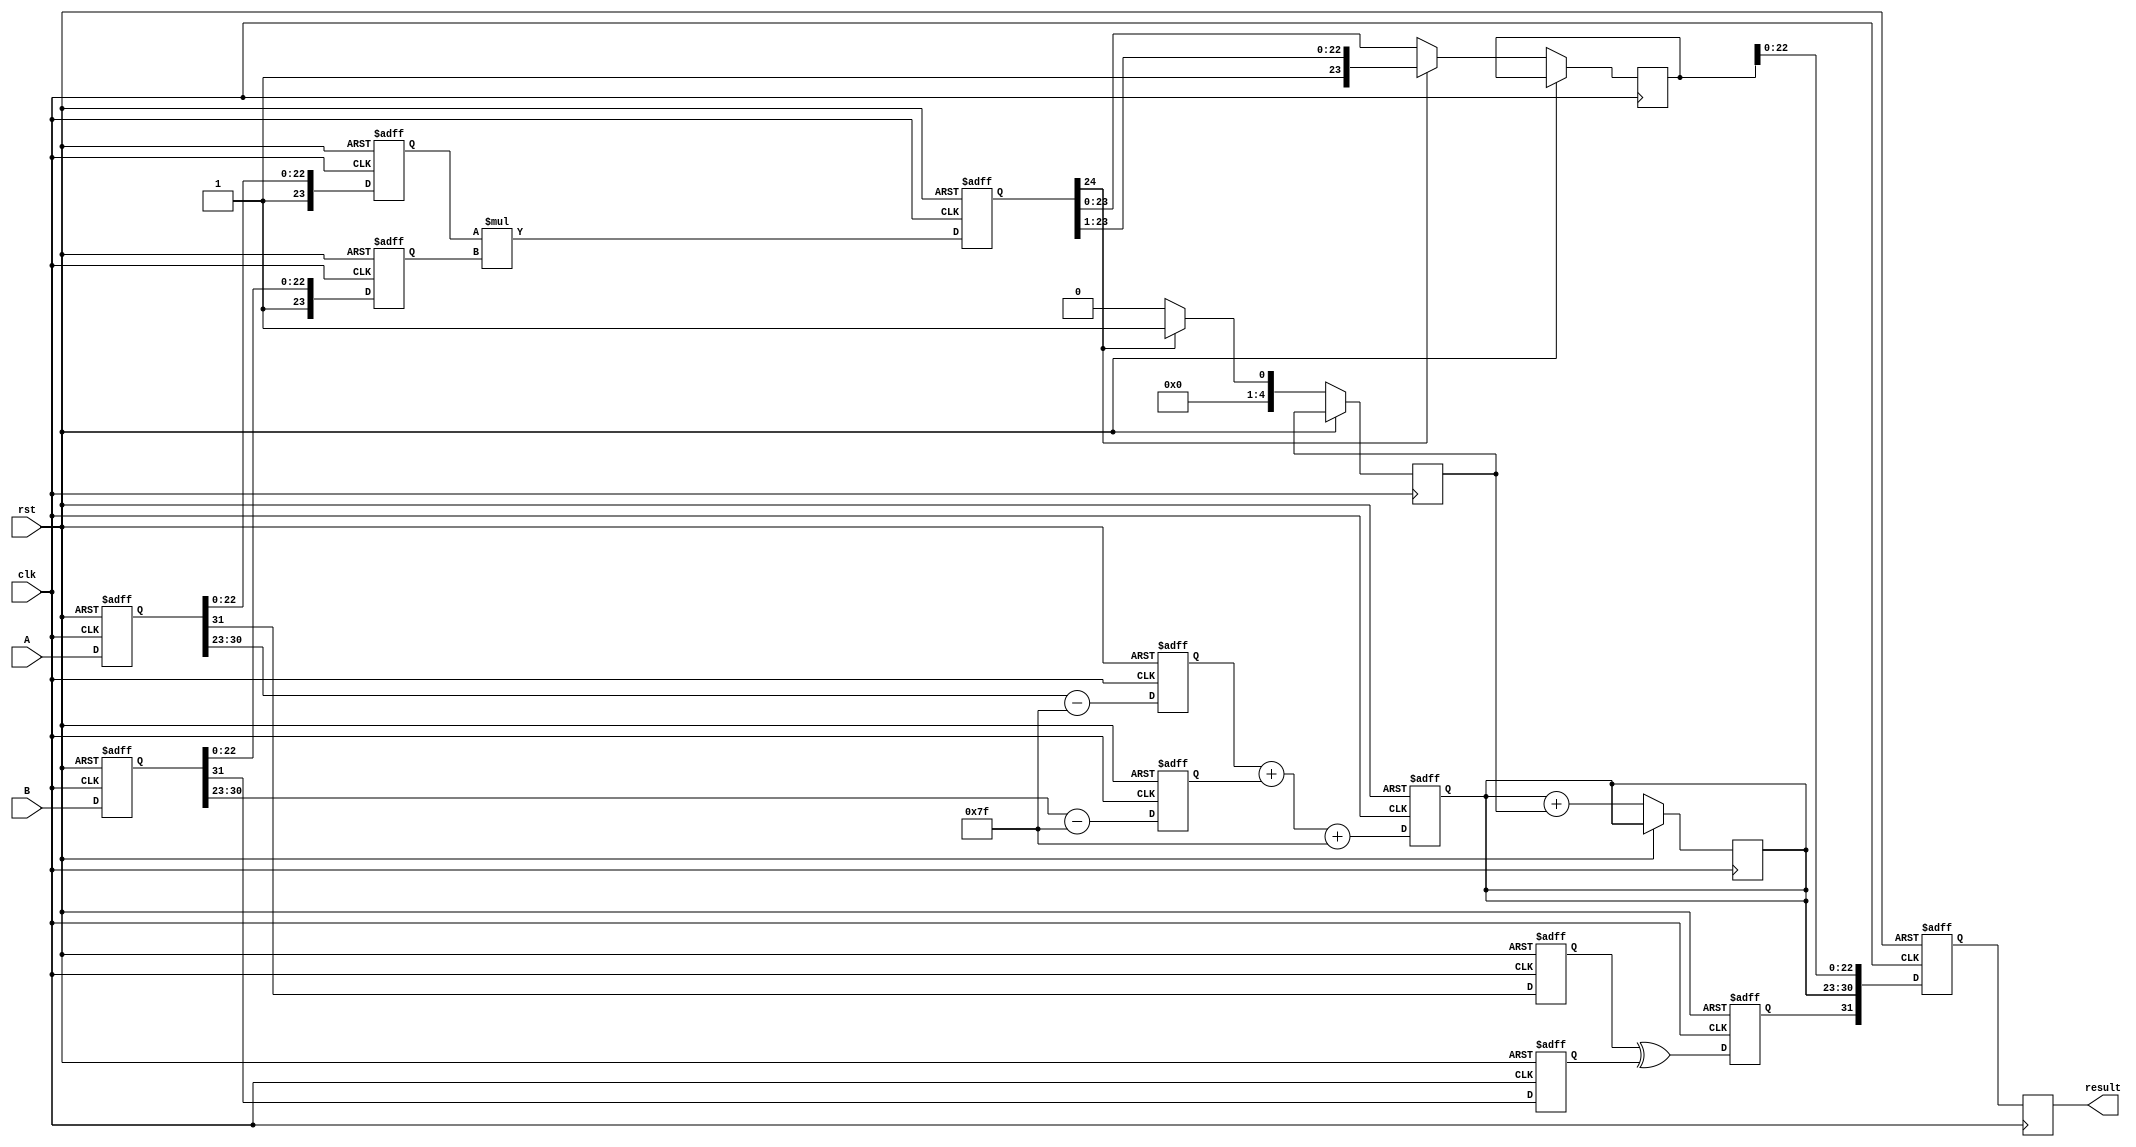
module pipelined_fp_multiplier (
    input clk,
    input rst,
    input [31:0] A, // First floating-point input
    input [31:0] B, // Second floating-point input
    output reg [31:0] result // Output floating-point result
);

// Internal signals
reg [31:0] A_reg, B_reg;
reg [7:0] expA, expB, exp_result;
reg [23:0] mantA, mantB, mant_result;
reg signA, signB, sign_result;
reg [4:0] shift_count;
reg [24:0] mant_product; // 24 bits to hold the product of two 23-bit mantissas
reg [4:0] exp_adjust; // Adjustments for exponent
reg [31:0] final_result;

// Pipeline registers
reg [31:0] stage1_out, stage2_out, stage3_out, stage4_out;

// Stage 1: Input registration
always @(posedge clk or posedge rst) begin
    if (rst) begin
        A_reg <= 32'b0;
        B_reg <= 32'b0;
    end else begin
        A_reg <= A;
        B_reg <= B;
    end
end

// Stage 2: Normalization
always @(posedge clk or posedge rst) begin
    if (rst) begin
        expA <= 8'b0;
        expB <= 8'b0;
        mantA <= 24'b0;
        mantB <= 24'b0;
        signA <= 1'b0;
        signB <= 1'b0;
    end else begin
        // Extract fields from A
        signA <= A_reg[31];
        expA <= A_reg[30:23] - 8'd127; // Unbias exponent
        mantA <= {1'b1, A_reg[22:0]}; // Normalize mantissa (implicit leading 1)

        // Extract fields from B
        signB <= B_reg[31];
        expB <= B_reg[30:23] - 8'd127; // Unbias exponent
        mantB <= {1'b1, B_reg[22:0]}; // Normalize mantissa (implicit leading 1)
    end
end

// Stage 3: Mantissa multiplication
always @(posedge clk or posedge rst) begin
    if (rst) begin
        mant_product <= 25'b0; // 1 bit for overflow
    end else begin
        mant_product <= mantA * mantB; // Multiply mantissas
    end
end

// Stage 4: Exponent addition and sign calculation
always @(posedge clk or posedge rst) begin
    if (rst) begin
        exp_result <= 8'b0;
        sign_result <= 1'b0;
    end else begin
        exp_result <= expA + expB + 8'd127; // Add exponents and bias
        sign_result <= signA ^ signB; // XOR for sign
    end
end

// Stage 5: Result normalization and output registration
always @(posedge clk or posedge rst) begin
    if (rst) begin
        final_result <= 32'b0;
    end else begin
        // Normalize the product mantissa if necessary
        if (mant_product[24] == 1'b1) begin
            // If overflow, shift right
            mant_result <= mant_product[24:1]; // Shift right
            exp_adjust <= 1; // Increment exponent
        end else begin
            mant_result <= mant_product[23:0]; // No shift necessary
            exp_adjust <= 0;
        end
        
        // Final exponent adjustment
        exp_result <= exp_result + exp_adjust;

        // Assemble final result
        final_result <= {sign_result, exp_result[7:0], mant_result[22:0]};
    end
end

// Output the final result
always @(posedge clk) begin
    result <= final_result;
end

endmodule